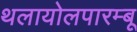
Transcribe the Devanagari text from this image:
थलायोलपारम्बू